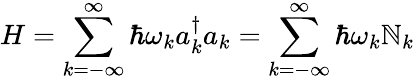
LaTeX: H=\sum_{k=-\infty}^{\infty}\hbar\omega_{k}a_{k}^{\dagger}a_{k}=\sum_{k=-\infty}^{\infty}\hbar\omega_{k}\mathbb{N}_{k}